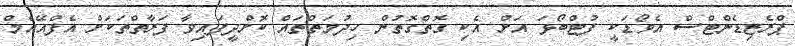
ޕްރެޒިޑެންޓްސް އެވޯޑަކީ ފުޓްބޯޅަ އަށް އެކި ގޮތްގޮތުން ހިދުމަތްތައް ކޮށްދީފައިވާ ފަރާތްތަކަށް އެފްއޭއެމް